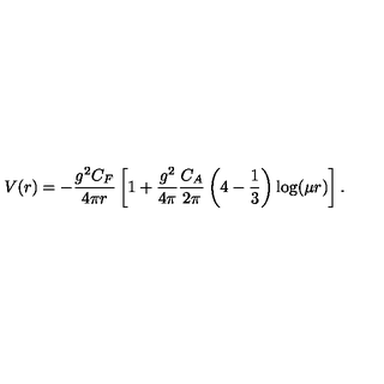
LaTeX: V ( r ) = - \frac { g ^ { 2 } C _ { F } } { 4 \pi r } \left[ 1 + \frac { g ^ { 2 } } { 4 \pi } \frac { C _ { A } } { 2 \pi } \left( 4 - \frac 1 3 \right) \log ( \mu r ) \right] .